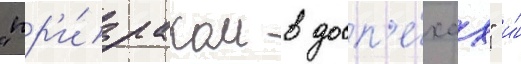
"пр'и́зраком в досп'е́хах" и́